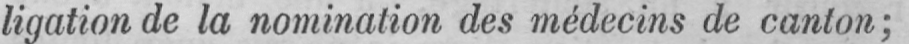
ligation de la nomination des médecins de canton;